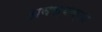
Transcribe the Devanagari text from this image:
अवस्यक्ता